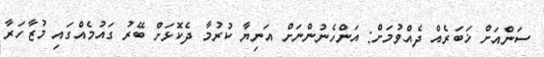
ސަންއަށް ޚަބަރެއް ދެއްވުމަށް: އަންހެނުންނަށް އަނިޔާ ކުރުމާ ދެކޮޅަށް ބޭރު ގައުމެއްގައި މުޒާހަރާ